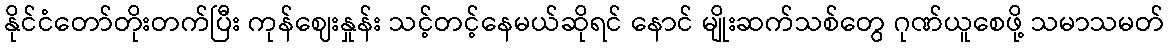
နိုင်ငံတော်တိုးတက်ပြီး ကုန်ဈေးနှုန်း သင့်တင့်နေမယ်ဆိုရင် နောင် မျိုးဆက်သစ်တွေ ဂုဏ်ယူစေဖို့ သမာသမတ်